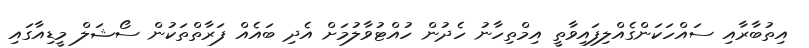
އިތުބާރާއި ސައްހަކަންގެއްލިފައިވާތީ އިމްތިހާނު ހެދުން ހުއްޓުވާލުމަށް އެދި ބައެއް ފަރާތްތަކުން ސޯޝަލް މީޑިއާގައި